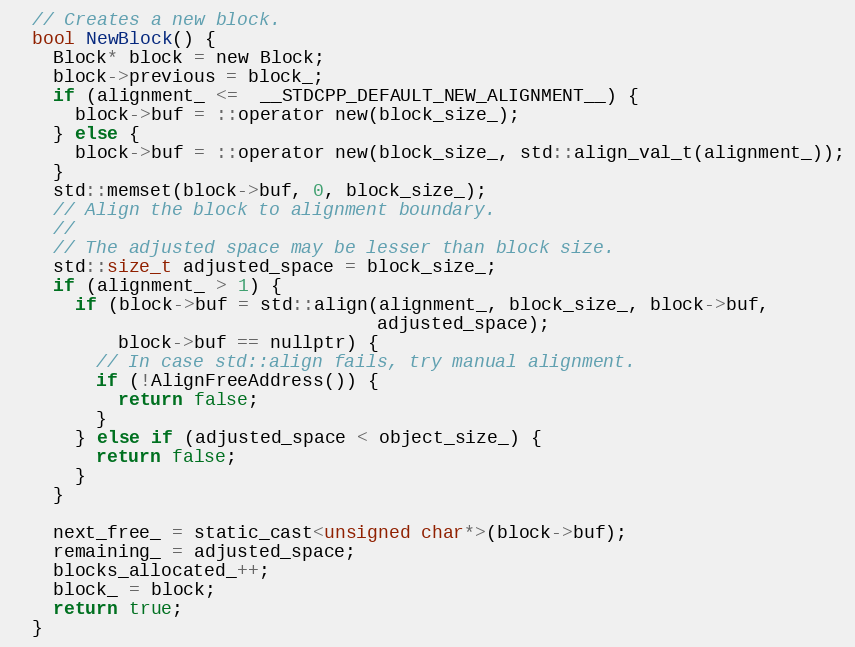
Language: C
  // Creates a new block.
  bool NewBlock() {
    Block* block = new Block;
    block->previous = block_;
    if (alignment_ <=  __STDCPP_DEFAULT_NEW_ALIGNMENT__) {
      block->buf = ::operator new(block_size_);
    } else {
      block->buf = ::operator new(block_size_, std::align_val_t(alignment_));
    }
    std::memset(block->buf, 0, block_size_);
    // Align the block to alignment boundary.
    //
    // The adjusted space may be lesser than block size.
    std::size_t adjusted_space = block_size_;
    if (alignment_ > 1) {
      if (block->buf = std::align(alignment_, block_size_, block->buf,
                                  adjusted_space);
          block->buf == nullptr) {
        // In case std::align fails, try manual alignment.
        if (!AlignFreeAddress()) {
          return false;
        }
      } else if (adjusted_space < object_size_) {
        return false;
      }
    }

    next_free_ = static_cast<unsigned char*>(block->buf);
    remaining_ = adjusted_space;
    blocks_allocated_++;
    block_ = block;
    return true;
  }